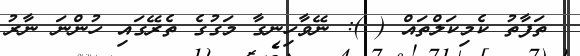
ތަފާތު ކެމިކަލްތައް ( ): ނޭވާހިނގާ މަގުގެ ތެރޭގައި ހުންނަ ނާރު